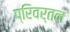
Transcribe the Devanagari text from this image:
प्रिवर्तन